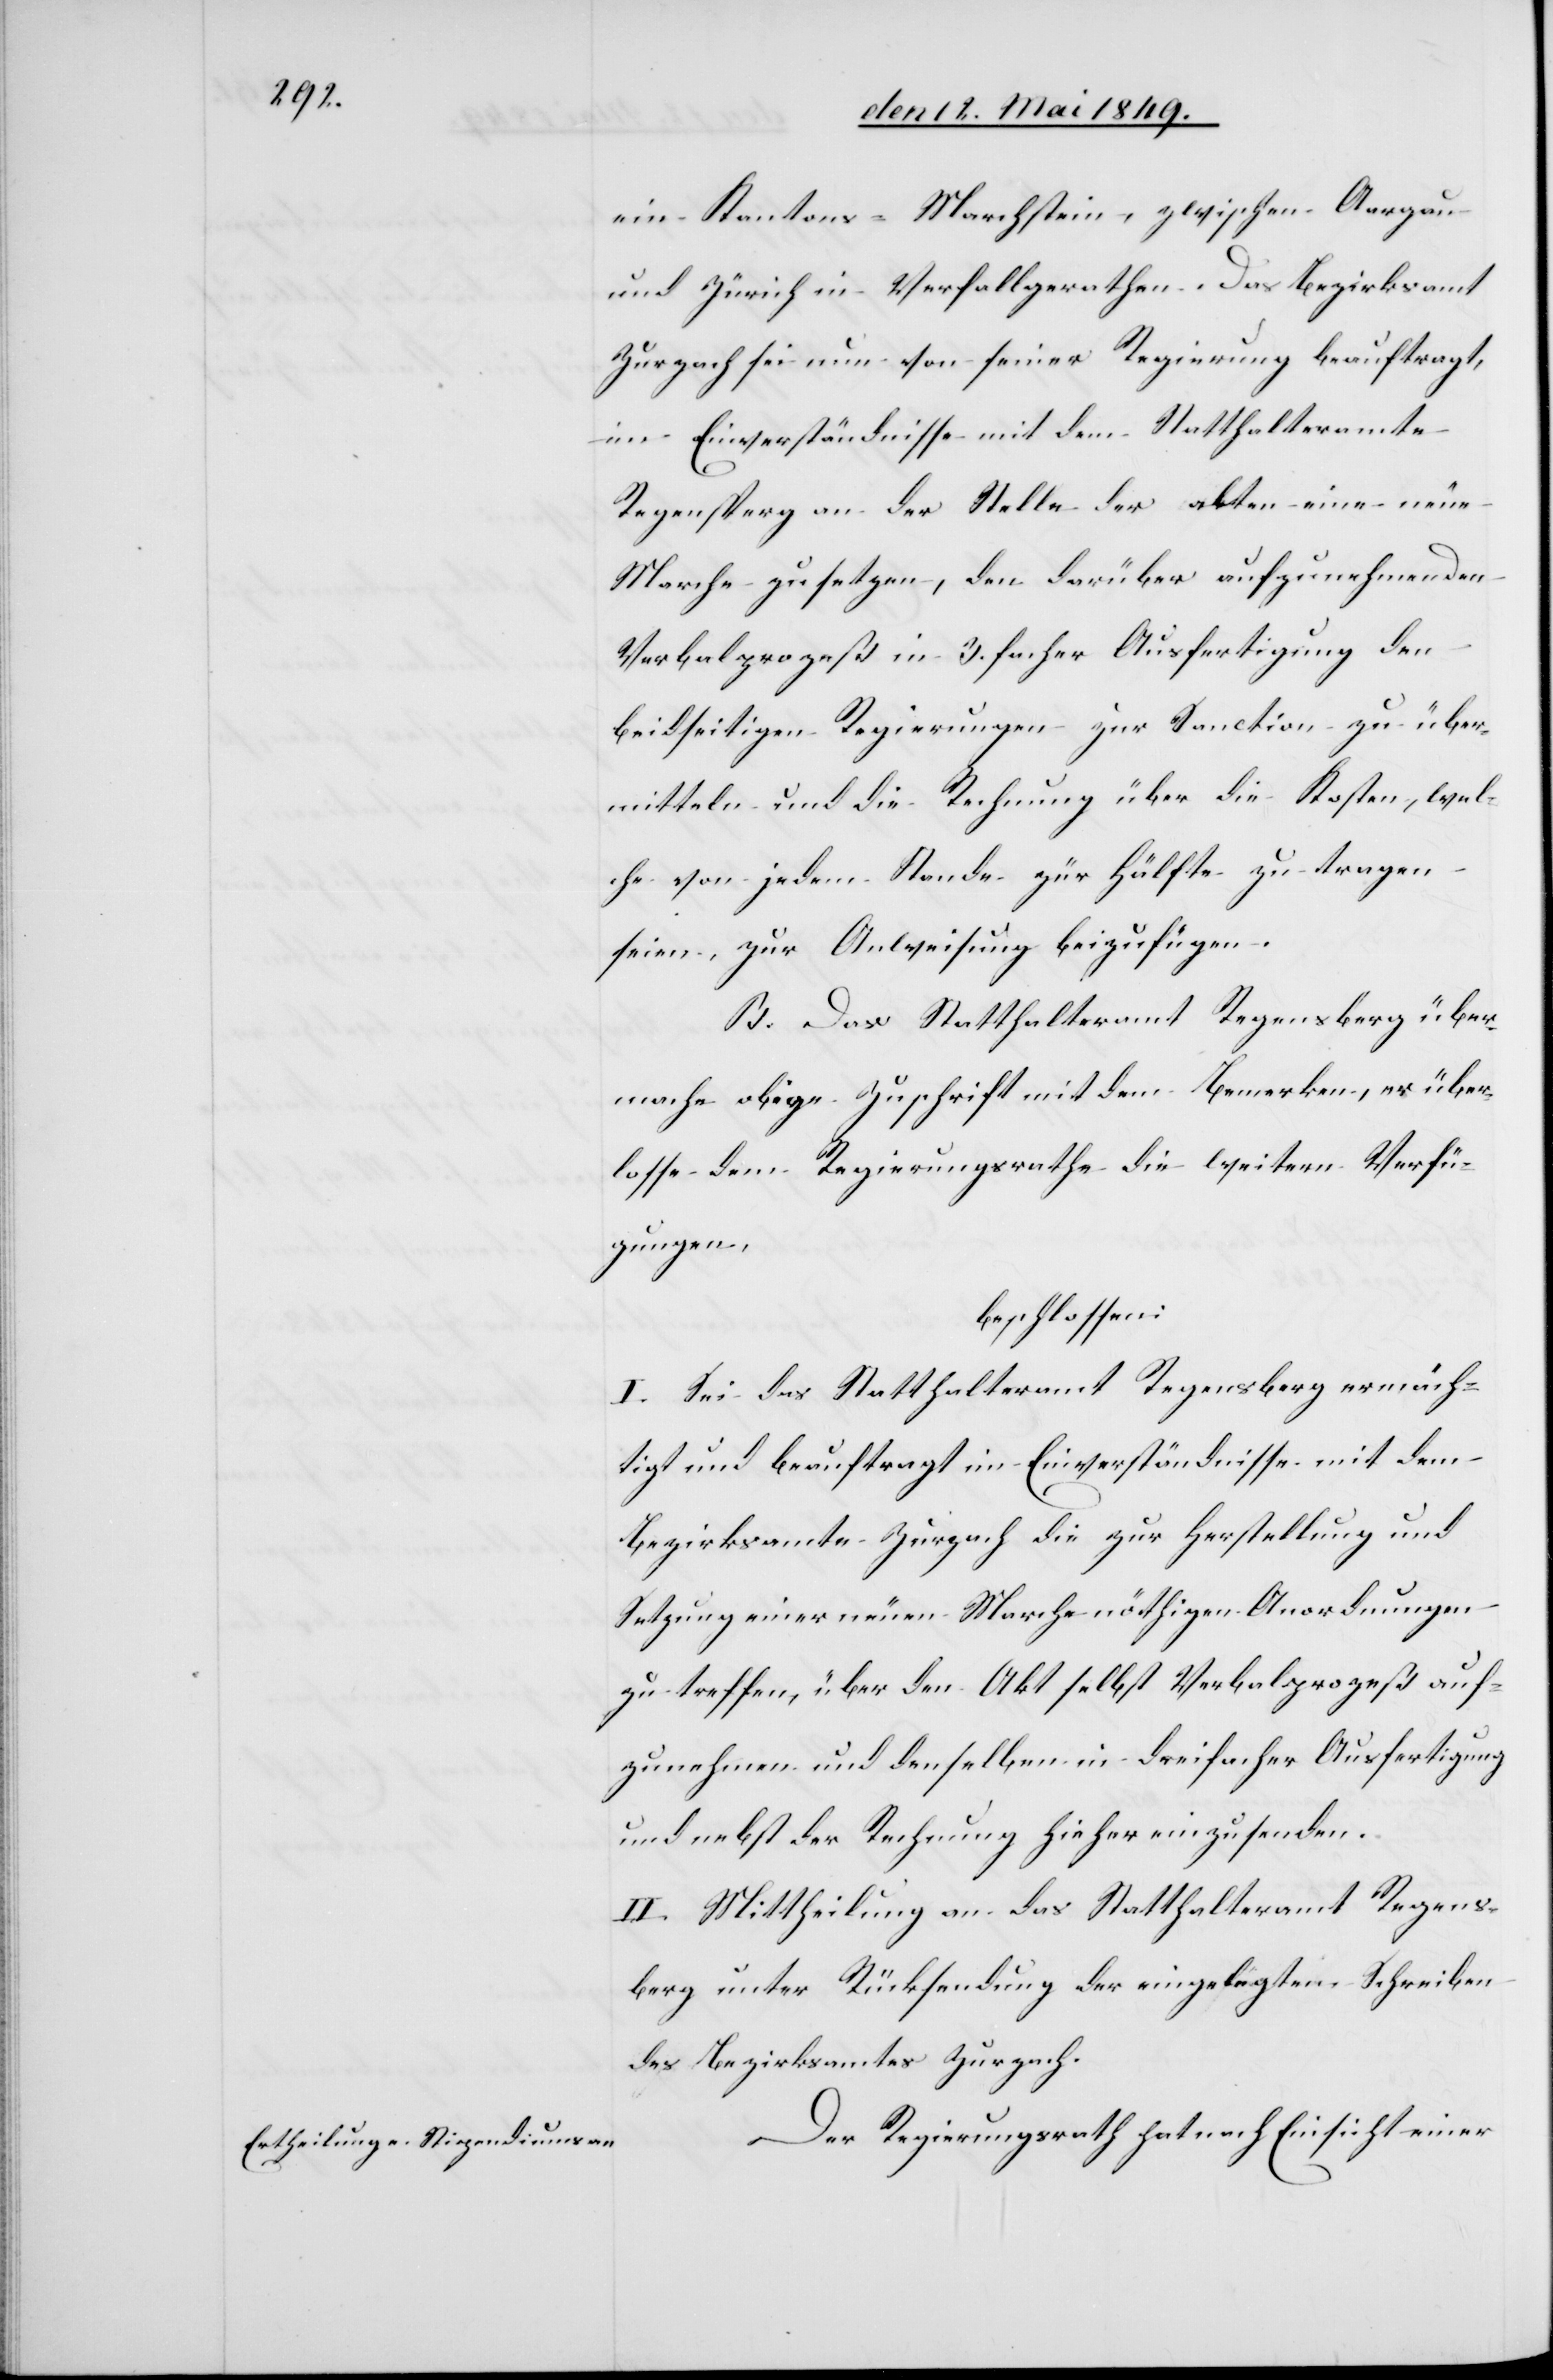
ein Kantons-Marchstein, zwischen Aargau
und Zürich in Verfall gerathen. Das Bezirksamt
Zurzach sei nun von seiner Regierung beauftragt,
im Einverständnisse mit dem Statthalteramte
Regensperg an der Stelle der alten eine neue
Marche zu setzen, den darüber aufzunehmenden
Verbalprozeß in 3. facher Ausfertigung den
beidseitigen Regierungen zur Sanction zu über¬
mitteln und die Rechnung über die Kosten, wel¬
che von jedem Stande zur Hälfte zu tragen
seien, zur Anweisung beizufügen.
B. Das Statthalteramt Regensberg über¬
mache obige Zuschrift mit dem Bemerken, er über¬
lasse dem Regierungsrathe die weitern Verfü¬
gungen,
beschlossen:
I. Sei das Statthalteramt Regensberg ermäch¬
tigt und beauftragt im Einverständnisse mit dem
Bezirksamte Zurzach die zur Herstellung und
Setzung einer neuen Marche nöthigen Anordnungen
zu treffen, über den Akt selbst Verbalprozeß auf¬
zunehmen und denselben in dreifacher Ausfertigung
und nebst der Rechnung hieher einzusenden.
II. Mittheilung an das Statthalteramt Regens¬
berg unter Rücksendung der eingelegten Schreiben
des Bezirksamtes Zurzach.
Der Regierungsrath hat nach Einsicht einer